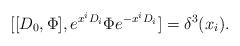
LaTeX: \begin{align*}[[D_0,\Phi],e^{x^iD_i}\Phi e^{-x^iD_i}]=\delta^3(x_i).\end{align*}